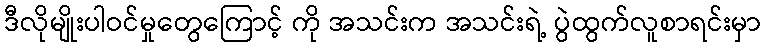
ဒီလိုမျိုးပါဝင်မှုတွေကြောင့် ကို အသင်းက အသင်းရဲ့ ပွဲထွက်လူစာရင်းမှာ